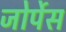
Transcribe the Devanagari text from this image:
जोर्पेस